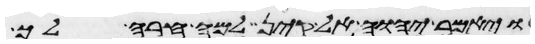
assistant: ויאמר יהוה אל קין למה חרה לך